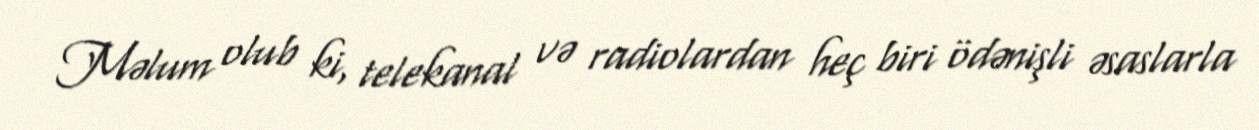
Məlum olub ki, telekanal və radiolardan heç biri ödənişli əsaslarla